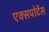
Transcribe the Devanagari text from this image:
एक्सपोर्टेस